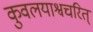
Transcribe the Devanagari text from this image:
कुवलयाश्वचरित्